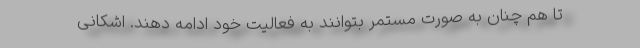
تا هم چنان به صورت مستمر بتوانند به فعالیت خود ادامه دهند. اشکانی